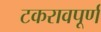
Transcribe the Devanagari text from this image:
टकरावपूर्ण